system: You are a helpful assistant.
user:
Analyze the provided spectrum to determine if it is a **S-type Star**.

- **Key Indicators for S-type Star:**

    - **(Overall Spectrum Shape):** The first and most obvious characteristic is the overall continuum (the "baseline" shape). It is **extremely "red-sloping,"** meaning the flux (light intensity) is very low on the left side (blue, ~4000-4500 Å) and rises steeply and continuously toward the right side (red, ~7000 Å+).

    - **(Primary):** The spectrum is defined by the presence of strong, broad molecular absorption "valleys" (bands) from **Zirconium Oxide (ZrO)**. The identification of these bands is the **primary requirement** for classifying a star as S-type.
        - **(Key Bandheads):** You must find distinct, deep "dips" where the light has been absorbed. The most critical band systems to locate are:
            - **~6474 Å** ($\gamma$-system): This is often the strongest and clearest ZrO feature, found in the red part of the spectrum.
            - **~5718 Å** & **~5551 Å** ($\beta$-system): A pair of prominent absorption features in the yellow-orange part of the spectrum.
            - **~4640 Å** ($\alpha$-system): A key absorption band system in the blue-green region of the spectrum.

    - **(Secondary Confirmation):** The classification is strengthened by finding additional absorption bands from other related heavy element oxides, which are expected to be present alongside ZrO.
        - **(Key Bandheads):**
            - **Yttrium Oxide (YO):** Look for absorption dips near **~4800 Å** and **~6100 Å**.
            - **Lanthanum Oxide (LaO):** Additional absorption features, particularly in the red-orange part of the spectrum, are also characteristic.

    - **(Line Profile):** The combination of the steep red continuum and these numerous, deep molecular bands (ZrO, YO, etc.) gives the entire spectrum a very **"chopped-up"** or **"bumpy"** appearance. Instead of a smooth curve, the spectrum looks as though large, wide chunks of light have been "carved out" of it at the specific wavelengths listed above.

Think first, call **spectral_visualization_tool** if needed to examine features in detail, then provide your final answer. Your response must adhere to the following strict rules:
1.  **Overall Structure:** Your response must follow the format `<think>...</think> <tool_call>...</tool_call> (if a tool is used) <answer>...</answer>`.
2.  **Tool Usage Constraint:** You may only make **one** tool call per turn.
3.  **Final Answer Format:** In the `<answer>` tag, your conclusion must be inside a `\boxed{}` command (e.g., `\boxed{YES}` or `\boxed{NO}`), followed by your justification.

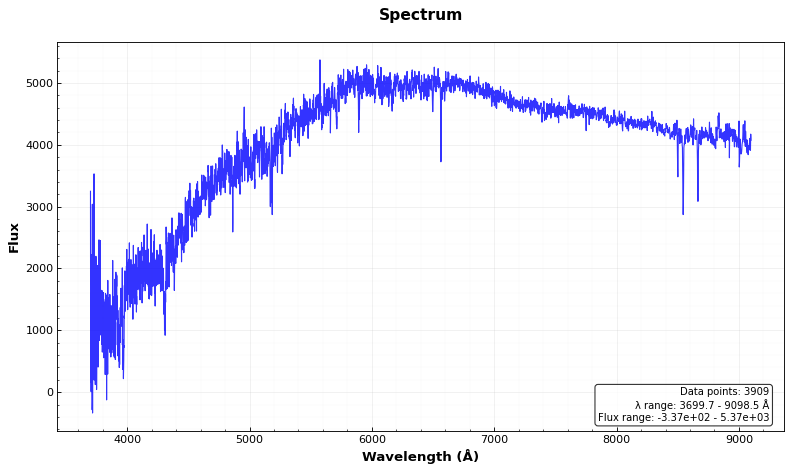
Answer: NO